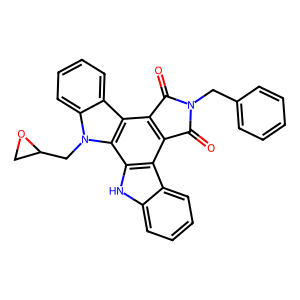
SMILES: O=C1c2c(c3c4ccccc4n(CC4CO4)c3c3[nH]c4ccccc4c23)C(=O)N1Cc1ccccc1
Inhibits HIV replication: No